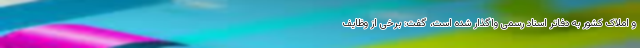
و املاک کشور به دفاتر اسناد رسمی واگذار شده است، گفت: برخی از وظایف